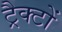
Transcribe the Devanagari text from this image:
ट्रैक्टों